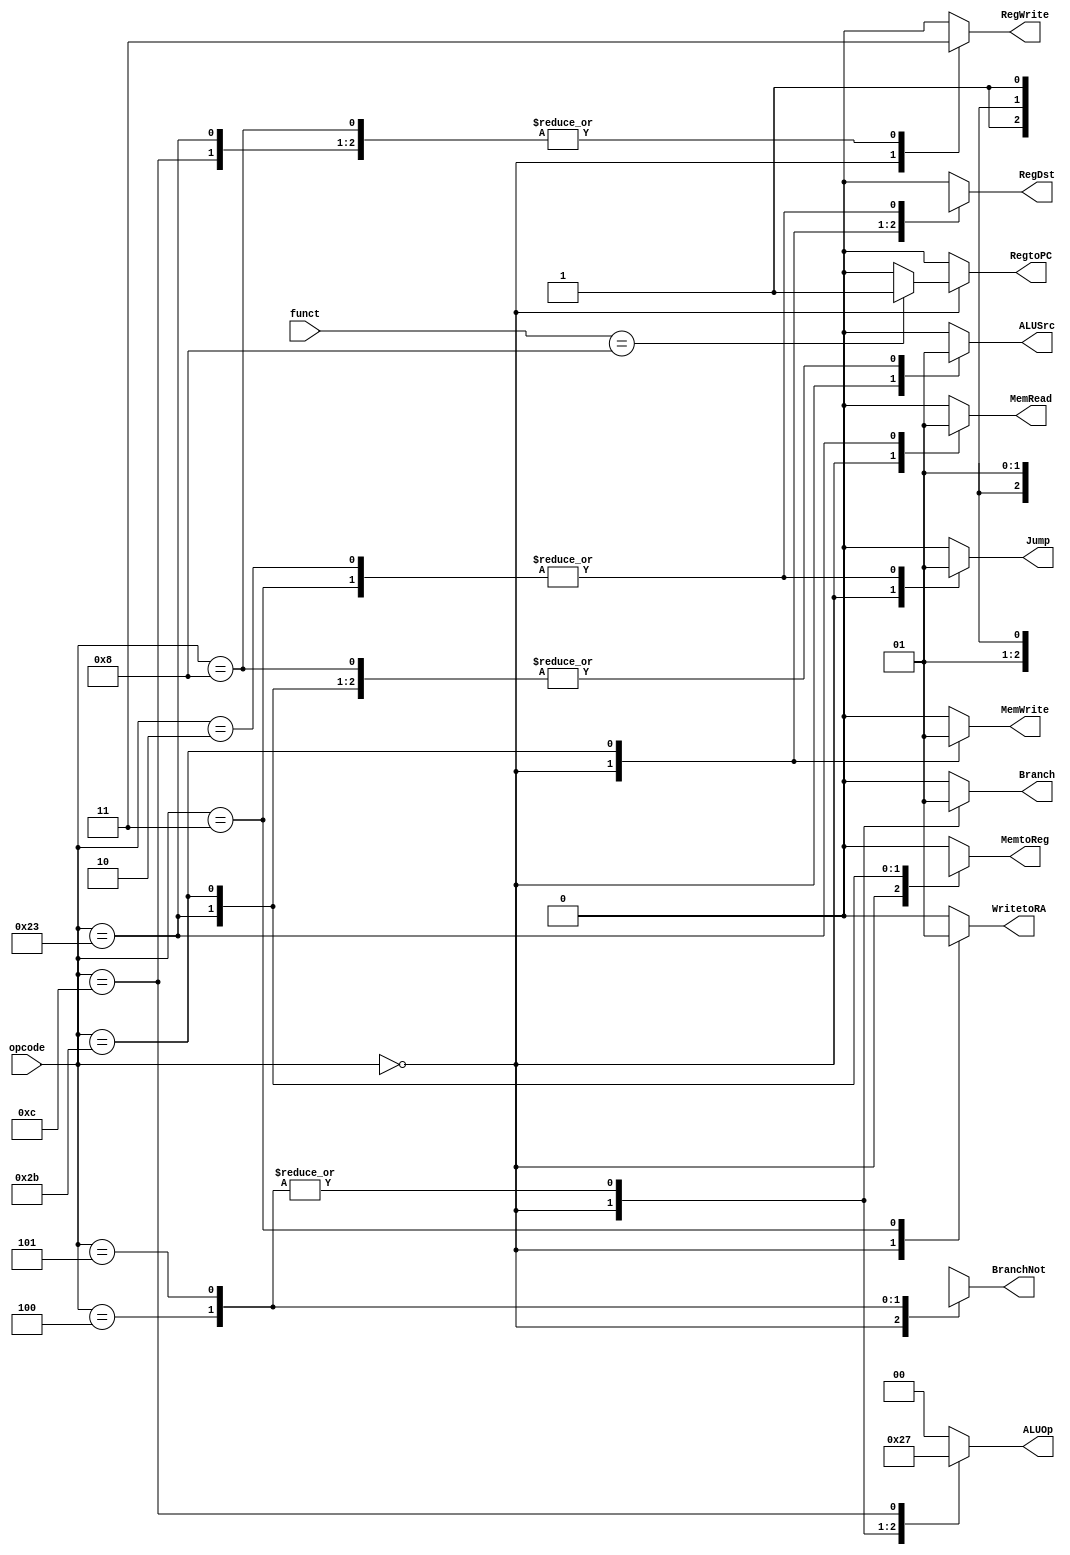
`timescale 1ns / 1ps

`define RTYPE   6'b000000	
`define ADDI	6'b001000
`define ANDI	6'b001100	
`define LW	  6'b100011
`define SW	  6'b101011
`define BEQ	 6'b000100
`define BNE	 6'b000101
`define JAL	 6'b000011
`define J	   6'b000010

`define RA_FUNCT 6'b001000

module Control(opcode, funct, RegDst, Jump, Branch, MemRead, MemtoReg, ALUOp, MemWrite, ALUSrc, RegWrite, BranchNot, WritetoRA, RegtoPC);
	input [5:0] opcode;
	input [5:0] funct;
	output reg RegDst;
	output reg Jump;
	output reg Branch;
	output reg MemRead;
	output reg MemtoReg;
	output reg [1:0] ALUOp;
	output reg MemWrite;
	output reg ALUSrc;
	output reg RegWrite;
	output reg BranchNot;
	output reg WritetoRA;
	output reg RegtoPC;
	
	always@(opcode or funct)
	case(opcode)
		`RTYPE  :
		case(funct)
			`RA_FUNCT: {RegDst, ALUSrc, MemtoReg, RegWrite, MemRead, MemWrite,
						Branch, ALUOp, BranchNot, Jump, WritetoRA, RegtoPC} = 
						13'b1_0_0_1_0_0_0_10_x_0_0_1;
			default  : {RegDst, ALUSrc, MemtoReg, RegWrite, MemRead, MemWrite,
						Branch, ALUOp, BranchNot, Jump, WritetoRA, RegtoPC} = 
						13'b1_0_0_1_0_0_0_10_x_0_0_0;
		endcase
		`LW	 : {RegDst, ALUSrc, MemtoReg, RegWrite, MemRead, MemWrite, 
				   Branch, ALUOp, BranchNot, Jump, WritetoRA, RegtoPC} = 
				   13'b0_1_1_1_1_0_0_00_x_0_0_0;
		`SW	 : {RegDst, ALUSrc, MemtoReg, RegWrite, MemRead, MemWrite,
				   Branch, ALUOp, BranchNot, Jump, WritetoRA, RegtoPC} =
				   13'bx_1_x_0_0_1_0_00_x_0_0_0;
		`BEQ	: {RegDst, ALUSrc, MemtoReg, RegWrite, MemRead, MemWrite,
				   Branch, ALUOp, BranchNot, Jump, WritetoRA, RegtoPC} =
				   13'b0_0_0_0_0_0_1_01_0_0_0_0;
		`BNE	: {RegDst, ALUSrc, MemtoReg, RegWrite, MemRead, MemWrite,
				   Branch, ALUOp, BranchNot, Jump, WritetoRA, RegtoPC} =
				   13'b0_0_0_0_0_0_1_01_1_0_0_0;
		`ADDI   : {RegDst, ALUSrc, MemtoReg, RegWrite, MemRead, MemWrite,
				   Branch, ALUOp, BranchNot, Jump, WritetoRA, RegtoPC} = 
				   13'b0_1_0_1_0_0_0_00_x_0_0_0;
		`ANDI   : {RegDst, ALUSrc, MemtoReg, RegWrite, MemRead, MemWrite,
				   Branch, ALUOp, BranchNot, Jump, WritetoRA, RegtoPC} = 
				   13'b0_1_0_1_0_0_0_11_x_0_0_0;
		`JAL	: {RegDst, ALUSrc, MemtoReg, RegWrite, MemRead, MemWrite,
				   Branch, ALUOp, BranchNot, Jump, WritetoRA, RegtoPC} = 
				   13'b1_0_0_1_0_0_0_00_x_1_1_0;
		`J	  : {RegDst, ALUSrc, MemtoReg, RegWrite, MemRead, MemWrite,
				   Branch, ALUOp, BranchNot, Jump, WritetoRA, RegtoPC} =
				   13'b1_0_0_1_0_0_0_00_x_1_0_0;
		default : {RegDst, ALUSrc, MemtoReg, RegWrite, MemRead, MemWrite,
				   Branch, ALUOp, BranchNot, Jump, WritetoRA, RegtoPC} =
				   13'b0_0_0_0_0_0_0_00_x_0_0_0;
	endcase
endmodule